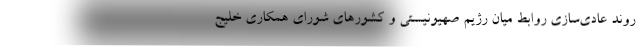
روند عادی‌سازی روابط میان رژیم صهیونیستی و کشورهای شورای همکاری خلیج